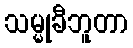
သမ္မုခီဘူတာ